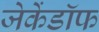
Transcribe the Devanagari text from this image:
जेकेंडॉफ